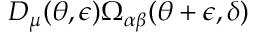
D _ { \mu } ( \theta , \epsilon ) \Omega _ { \alpha \beta } ( \theta + \epsilon , \delta )